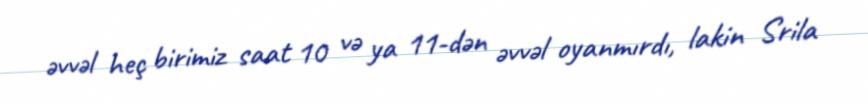
əvvəl heç birimiz saat 10 və ya 11-dən əvvəl oyanmırdı, lakin Srila